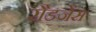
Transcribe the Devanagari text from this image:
रौडजेंस